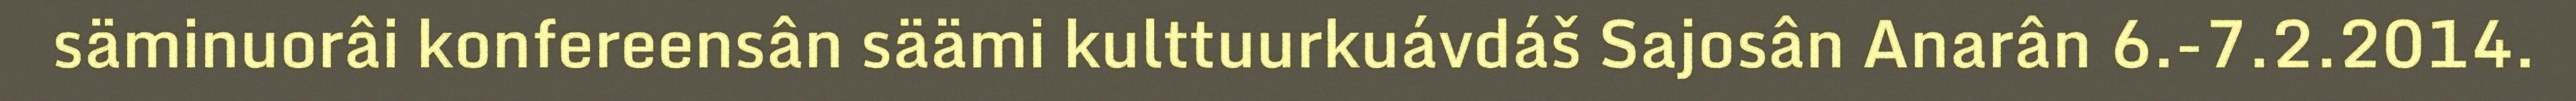
säminuorâi konfereensân säämi kulttuurkuávdáš Sajosân Anarân 6.-7.2.2014.